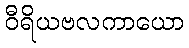
ဝီရိယဗလကာယော